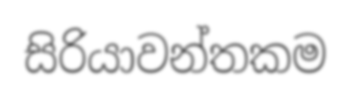
සිරියාවන්තකම